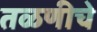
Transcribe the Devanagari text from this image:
तळणीचे